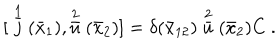
LaTeX: { [ } \stackrel { 1 } { \bar { j } } ( \bar { x } _ { 1 } ) , \stackrel { 2 } { \bar { u } } ( \bar { x } _ { 2 } ) ] = \delta ( \bar { x } _ { 1 2 } ) \stackrel { 2 } { \bar { u } } ( \bar { x } _ { 2 } ) C \ .